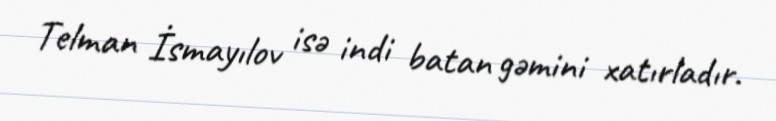
Telman İsmayılov isə indi batan gəmini xatırladır.